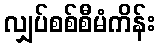
လျှပ်စစ်စီမံကိန်း